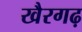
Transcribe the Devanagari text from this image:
खैरगढ़